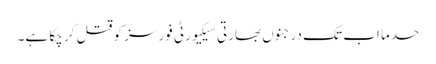
حدما اب تک درجنوں بھارتی سیکیورٹی فورسز کو قتل کر چکا ہے۔